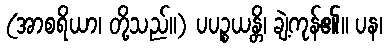
(အာစရိယာ၊ တို့သည်။) ပပဉ္စယန္တိ၊ ချဲ့ကုန်၏။ ပန၊